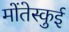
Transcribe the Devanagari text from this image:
मोंतेस्कुई